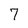
Character: 7